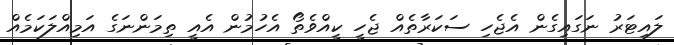
ލައިޓަރު ނަގައިގެން އެޖެހި ސަކަރާތެއް ޖެހީ ކީއްވެތޯ އެހުމުން އެއީ ތިމަންނަގެ އަމިއްލަކަމެއް